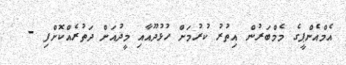
އެމްއެންޕީގެ މެމްބަރުން އިތުރު ކުރުމަށް ހުޅުދޫއާއި މީދުއަށް ދަތުރެއްކޮށްފި -